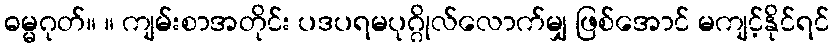
ဓမ္မဂုတ်။ ။ ကျမ်းစာအတိုင်း ပဒပရမပုဂ္ဂိုလ်လောက်မျှ ဖြစ်အောင် မကျင့်နိုင်ရင်